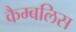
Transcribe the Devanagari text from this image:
कैम्बलिस